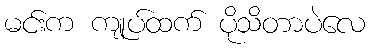
မင်းက ကျုပ်ထက် ပိုသိတာပဲလေ